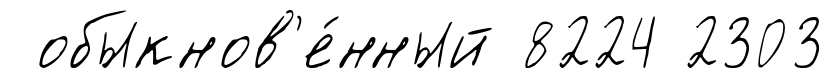
обыкнов'е́нный 8224 2303